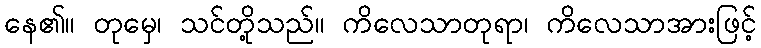
နေ၏။ တုမှေ၊ သင်တို့သည်။ ကိလေသာတုရာ၊ ကိလေသာအားဖြင့်